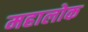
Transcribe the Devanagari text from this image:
महालोक